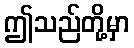
ဤသည်တို့မှာ